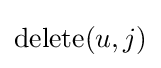
\operatorname {delete} (u,j)